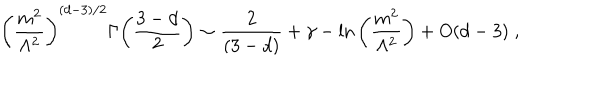
\left( \frac { m ^ { 2 } } { \Lambda ^ { 2 } } \right) ^ { ( d - 3 ) / 2 } \Gamma { \left( \frac { 3 - d } { 2 } \right) } \sim { \frac { 2 } { ( 3 - d ) } } + \gamma - { \ln } \left( \frac { m ^ { 2 } } { \Lambda ^ { 2 } } \right) + O ( d - 3 ) \; ,